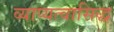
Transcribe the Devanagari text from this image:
व्याप्यत्वासिद्ध